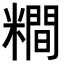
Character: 𥼴